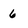
Character: 6